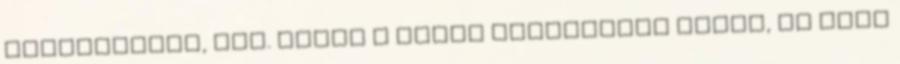
elvesztését, stb. Mivel a könyv viszonylag rövid, és elég